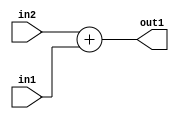
`timescale 1ps / 1ps
/*****************************************************************************
    Verilog RTL Description
    
    
    Created by: Stratus DpOpt 2019.1.01 
*******************************************************************************/

module fix2float_Add_23Sx8U_23S_4_2 (
	in2,
	in1,
	out1
	); /* architecture "behavioural" */ 
input [22:0] in2;
input [7:0] in1;
output [22:0] out1;
wire [22:0] asc001;

assign asc001 = 
	+(in2)
	+(in1);

assign out1 = asc001;
endmodule

/* CADENCE  urn3TQo= : u9/ySgnWtBlWxVPRXgAZ4Og= ** DO NOT EDIT THIS LINE ******/